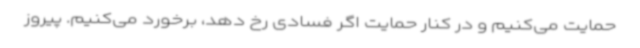
حمایت می‌کنیم و در کنار حمایت اگر فسادی رخ دهد، برخورد می‌کنیم. پیروز